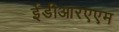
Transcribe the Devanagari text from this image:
ईडीआरएएम